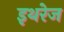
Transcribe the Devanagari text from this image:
इथरेज